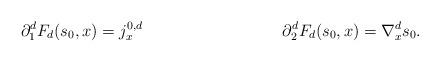
LaTeX: \begin{align*}\partial_1^dF_d(s_0,x)&=j^{0,d}_x & & & \partial_2^dF_d(s_0,x)&=\nabla_x^ds_0.\end{align*}